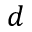
d